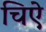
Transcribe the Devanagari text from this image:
चिऐ